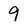
Character: 9